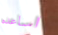
اساعده